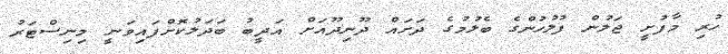
ހުރި މާފުށީ ޖަލުން ފުލުހުންގެ ބެލުމުގެ ދަށައް ދޫނިދޫއަށް އަދީބު ބަދަލުކޮށްފައިވަނީ މިނިސްޓަރު